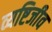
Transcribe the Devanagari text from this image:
व्यष्टिजीव